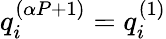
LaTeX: q_{i}^{(\alpha P+1)}=q_{i}^{(1)}